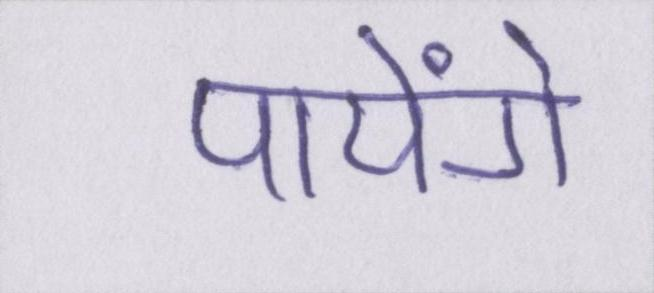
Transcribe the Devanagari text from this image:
पायेंगे